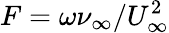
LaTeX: F=\omega\nu_{\infty}/U_{\infty}^{2}